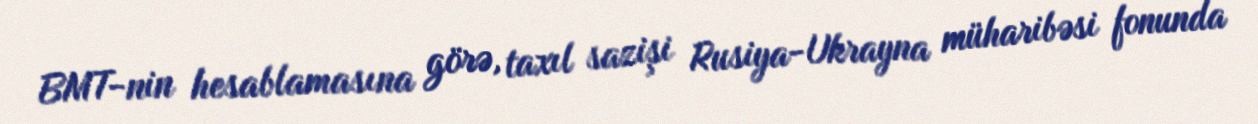
BMT-nin hesablamasına görə, taxıl sazişi Rusiya-Ukrayna müharibəsi fonunda